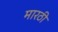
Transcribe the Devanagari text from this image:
मारठी